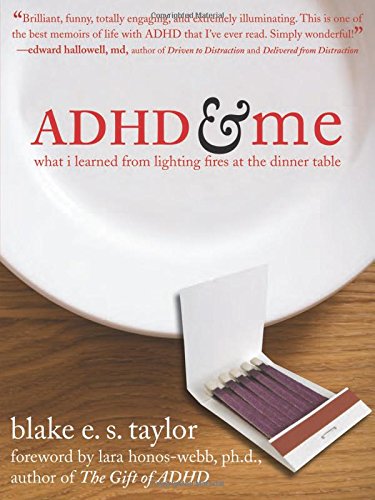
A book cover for ADHD and Me: What I Learned from Lighting Fires at the Dinner Table; Blake E. S. Taylor; Health, Fitness & Dieting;